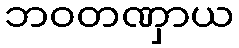
ဘဝတဏှာယ